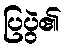
ပြပွဲ၏